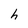
Character: h